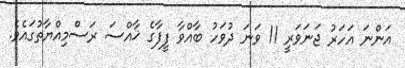
އަންނަ އަހަރު ޖަނަވަރީ 11 ވަނަ ދުވަހު ބާއްވާ ފީފާގެ ޚާއްސަ ރަސްމިއްޔާތުގައެވެ.